Indian journal of veterinary science and animal husbandry - Volume 9,
Year: 1939
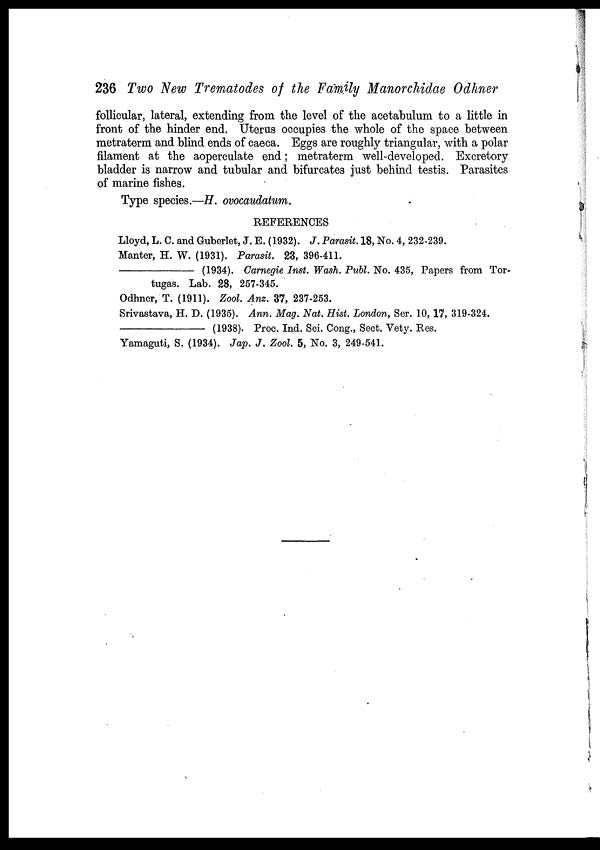
236 Two New Trematodes of the Family Manorchidae Odhner
follicular, lateral, extending from the level of the acetabulum to a little in
front of the hinder end. Uterus occupies the whole of the space between
metraterm and blind ends of caeca. Eggs are roughly triangular, with a polar
filament at the aoperculate end; metraterm well-developed. Excretory
bladder is narrow and tubular and bifurcates just behind testis. Parasites
of marine fishes.
Type species.—H. ovocaudatum.
REFERENCES
Lloyd, L. C. and Guberlet, J. E. (1932). J. Parasit. 18, No. 4, 232-239.
Manter, H. W. (1931). Parasit. 23, 396-411.
––––––––––––– (1934). Carnegie Inst. Wash. Publ. No. 435, Papers from Tor-
tugas. Lab. 28, 257-345.
Odhner, T. (1911). Zool. Anz. 37, 237-253.
Srivastava, H. D. (1935). Ann. Mag. Nat. Hist. London, Ser. 10, 17, 319-324.
–––––––––––––
(1938). Proc. Ind. Sci. Cong., Sect. Vety. Res.
Yamaguti, S. (1934). Jap. J. Zool. 5, No. 3, 249-541.